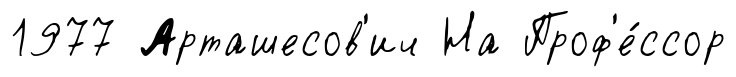
1977 Арташесов'ич На Проф'е́ссор